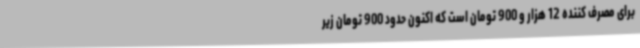
برای مصرف کننده 12 هزار و 900 تومان است که اکنون حدود 900 تومان زیر